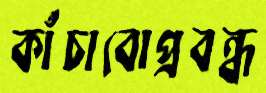
কাঁচাবোপ্রবন্ধ